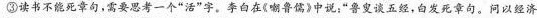
③读书不能死章句，需要思考一个”活”字。李白在《嘲鲁儒》中说：”鲁叟谈五经，白发死章句。问以经济